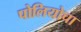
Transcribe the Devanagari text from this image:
पोलियोचा